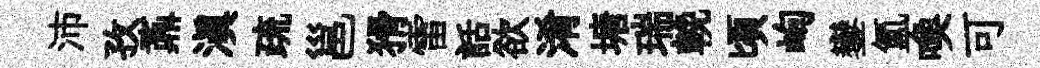
沛孜鼒滇疏邕猾雷話欲淆塘瑞輓頃峋鑾氳喚可